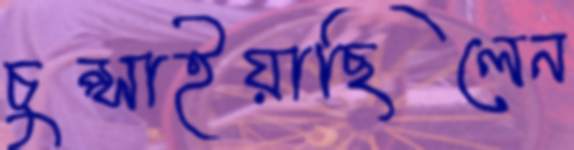
চুপ্‌সাইয়াছিলেন